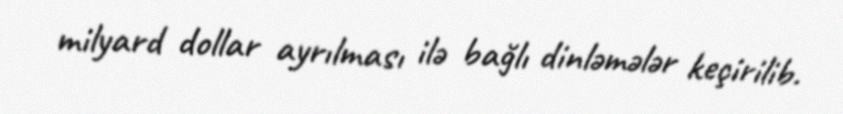
milyard dollar ayrılması ilə bağlı dinləmələr keçirilib.